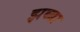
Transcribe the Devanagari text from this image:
झब्बा